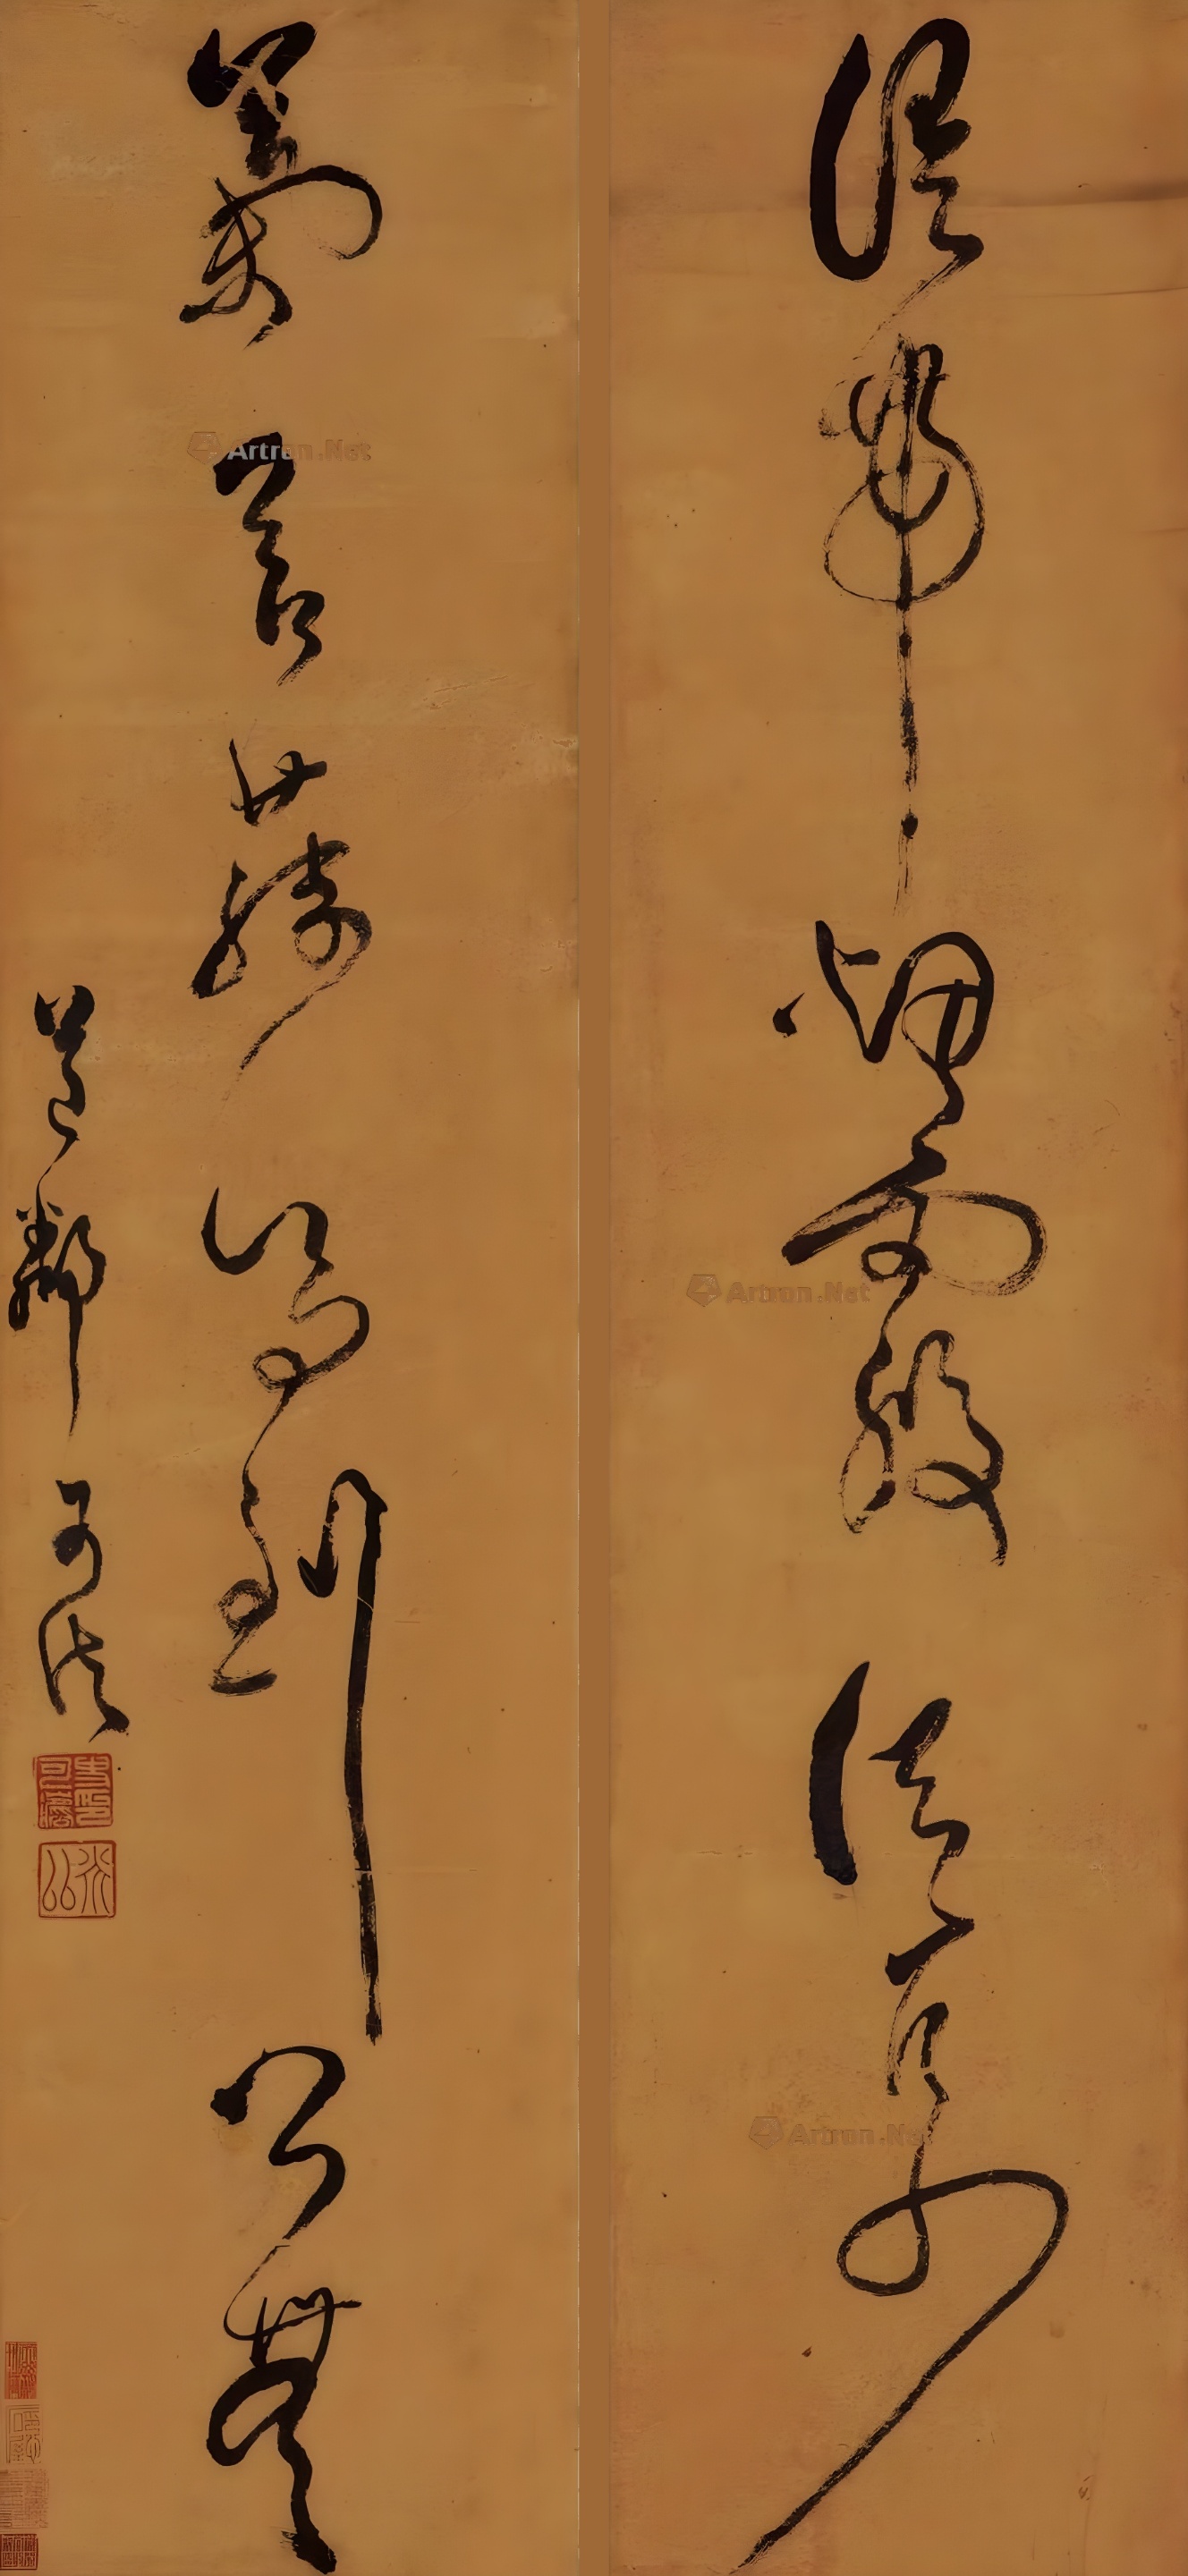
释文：语带烟霞自古少，气含蔬笋到公无。道邻可法。